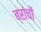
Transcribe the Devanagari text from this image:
ब्रांचों